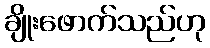
ချိုးဖောက်သည်ဟု